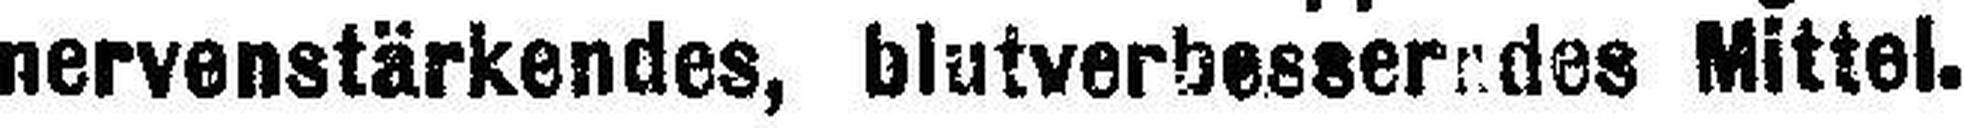
nervenstärkendes, blutverbesseredes Mittel.